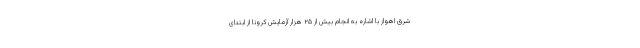
شرق اهواز با اشاره به انجام بیش از ۲۵ هزار آزمایش کرونا از ابتدای